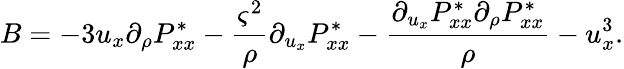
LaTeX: B=-3u_{x}\partial_{\rho}P_{xx}^{*}-\frac{\varsigma^{2}}{\rho}\partial_{u_{x}}P_{xx}^{*}-\frac{\partial_{u_{x}}P_{xx}^{*}\partial_{\rho}P_{xx}^{*}}{\rho}-u_{x}^{3}.